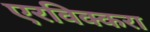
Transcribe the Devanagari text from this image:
एरविक्करा